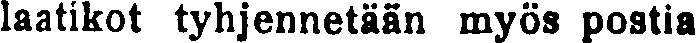
laatikot tyhjennetään myös postia